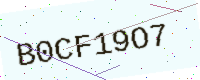
Text: B0CF19O7